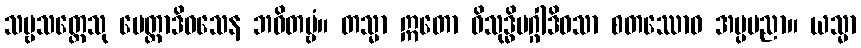
သဗ္ဗသတ္တေသု မေတ္တာဒိဝသေန ဘဝိတဗ္ဗံ။ တသ္မာ ဣတော ဝိသုဒ္ဓိမဂ္ဂါဒိဝသာ စတဿောဝ အပ္ပမညာ။ ယသ္မာ